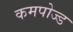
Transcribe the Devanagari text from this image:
कमपोज्ड